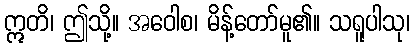
ဣတိ၊ ဤသို့။ အဝေါစ၊ မိန့်တော်မူ၏။ သရူပါသု၊